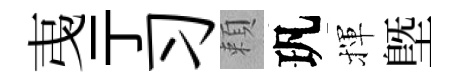
𢎯亍习頼㺬揮塈